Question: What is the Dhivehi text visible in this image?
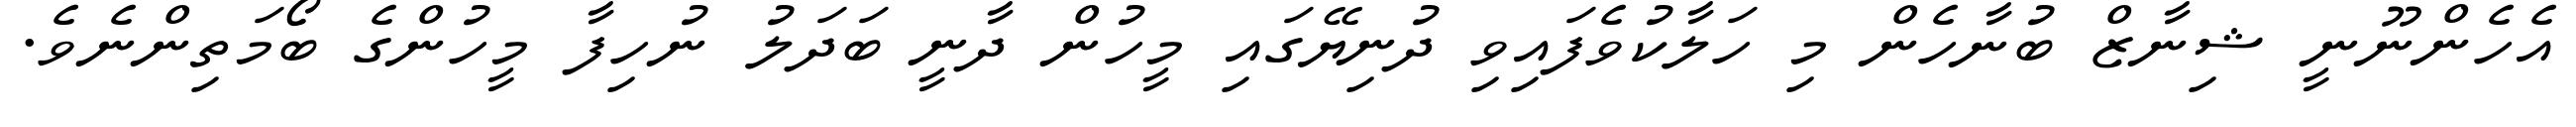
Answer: އެހެންނޫނީ ޝިނާޒް ބުނާހެން މި ހަލާކުވެފައިވި ދުނިޔޭގައި މީހުން ދާނީ ބަދަލު ނުހިފާ މީހުންގެ ބޯމަތިންނެވެ.